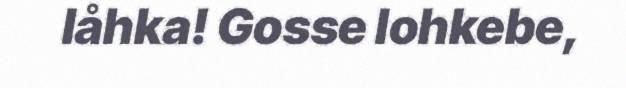
låhka! Gosse lohkebe,